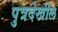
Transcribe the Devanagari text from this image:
पुत्रदेखील